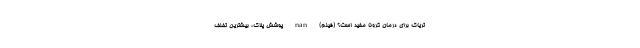
تریاک برای درمان کرونا مفید است؟ (فیلم) nan پوشش پلاک، بیشترین تخلف